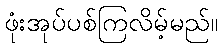
ဖုံးအုပ်ပစ်ကြလိမ့်မည်။